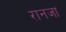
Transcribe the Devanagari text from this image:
रानजा